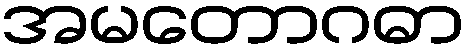
အမတောဂဓာ